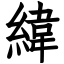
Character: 緯